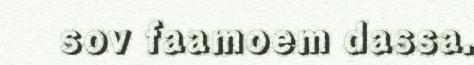
sov faamoem dassa.